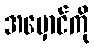
အမှောင်ကို